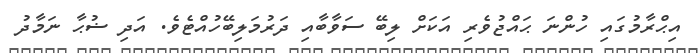
އިޙްރާމުގައި ހުންނަ ޙައްޖުވެރި އަކަށް ލިބޭ ސަވާބާއި ދަރުމަލިބޭހުއްޓެވެ. އަދި ޟުޙާ ނަމާދު